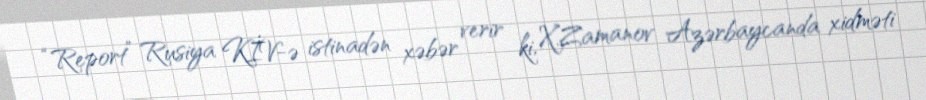
“Report” Rusiya KİV-ə istinadən xəbər verir ki, X.Zamanov Azərbaycanda xidməti